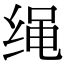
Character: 绳